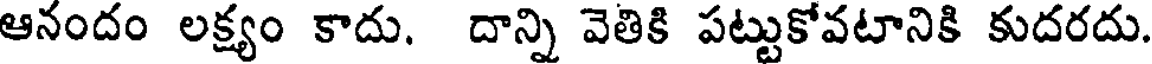
ఆనందం లక్ష్యం కాదు. దాన్ని వెతికి పట్టుకోవటానికి కుదరదు.